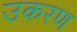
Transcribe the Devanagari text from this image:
उकरण